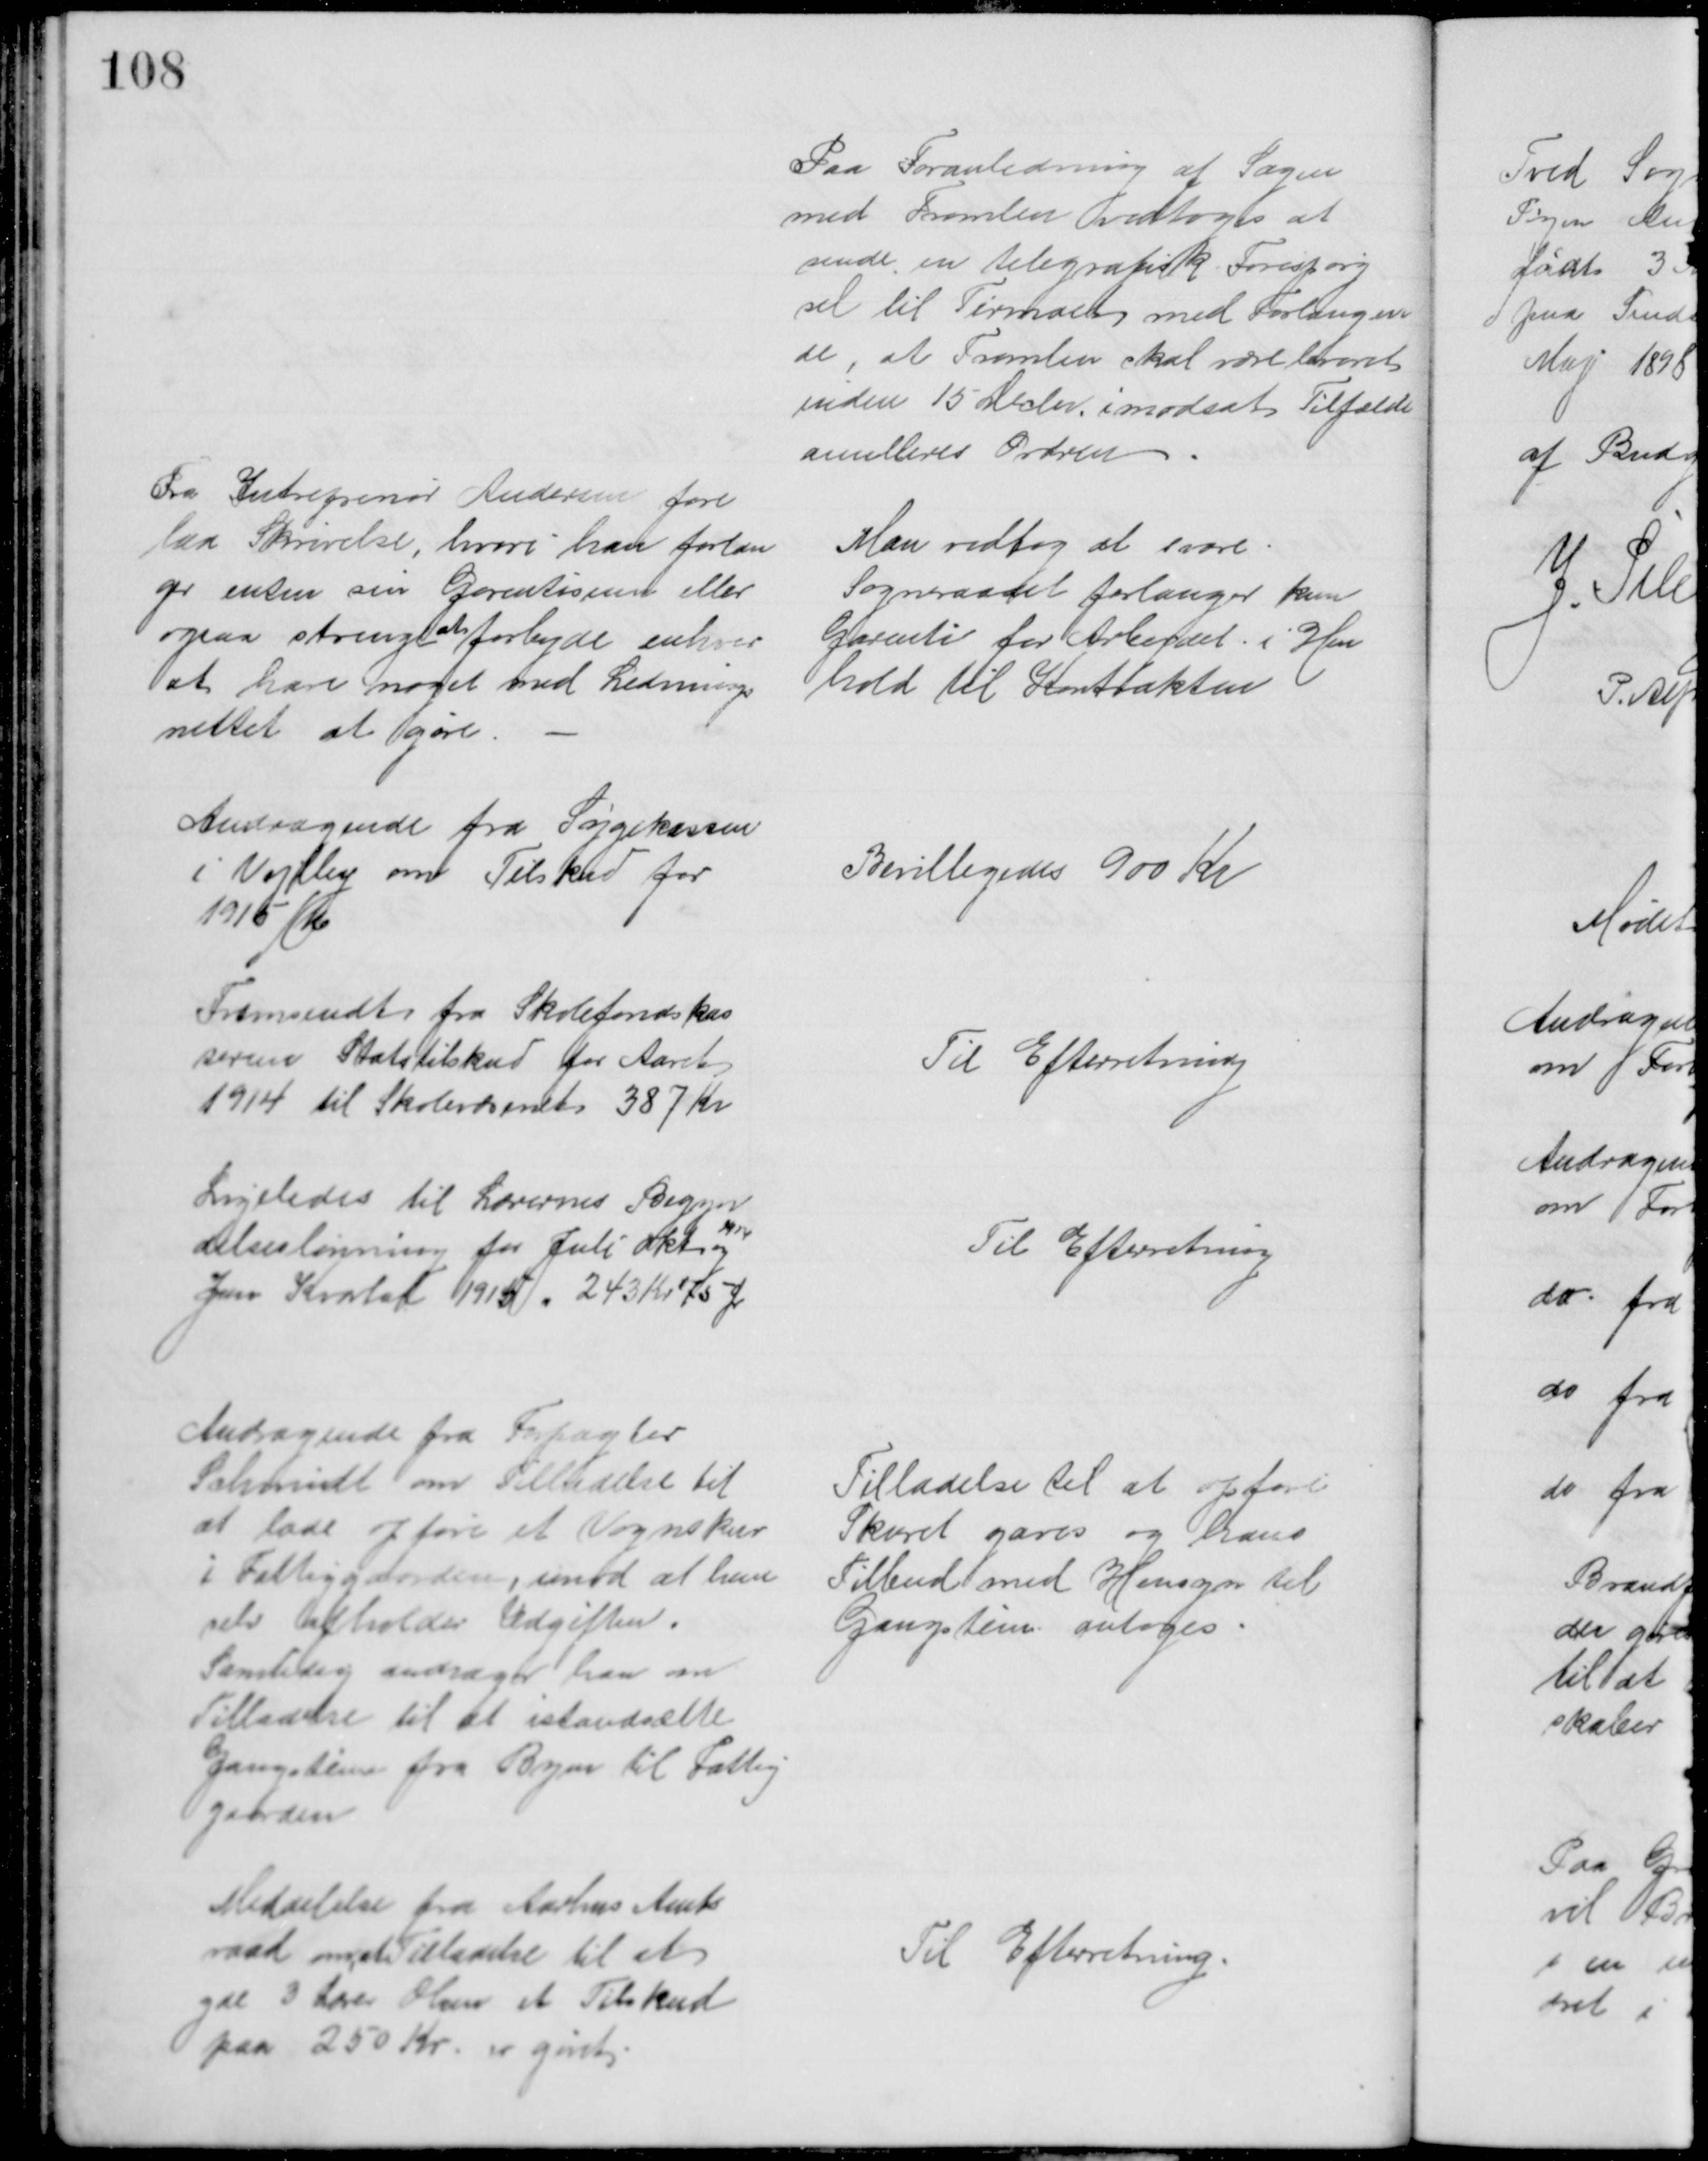
Transskription:
Paa Foranledning af Sagen
med Tromlen vedtoges at
sende en telegrafisk Forespørg
sel til Firmaet med Forlangen
de, at Tromlen skal være leveret
inden 15 Decbr imodsat Tilfælde
annulleres Ordren
Fra Intrepenør Andersen fore
laa Skrivelse hvori han forlan
ger enten sin Garentisum eller
ogsaa strengt
at
forbyde enhver
at have noget med Lednings
nettet at gøre
Man vedtog at svare.
Sogneraadet forlanger kun
Garenti for Arbejdet i Hen
hold til Kontrakten
Andragende fra Sygekassen
i Vejlby om Tilskud for
1915/16 
Bevilligedes 900 Kr
Fremsendt fra Skolefondskas
seren Statstilskud for Aaret
1914 til Skolevæsenet 387 Kr
Til Efterretning
Ligeledes til Lærernes Begyn
delseslønning for Juli Okt 
1914
og
Jan Kvartal 1915. 243 Kr 75 Ør
Til Efterretning
Andragende fra Forpagter
Schmidt om Tilladelse til
at lade opføre et Vognskur
i Fattiggaarden, imod at han
selv afholder Udgiften.
Samtidig andrager han om
Tilladelse til at istandsætte
Gangstien fra Byen til Fattig
gaarden
Tilladelse til at opføre
Skuret gaves og hans
Tilbud med Hensyn til
Gangstien antoges.
Meddelelse fra Aarhus Amts
raad med Tilladelse til at
yde 3 Lærer Olsen et Tilskud
paa 250 Kr. er givet.
Til Efterretning.